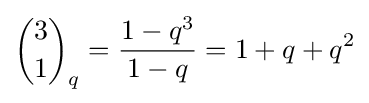
{3 \choose 1}_{q}={\frac {1-q^{3}}{1-q}}=1+q+q^{2}